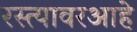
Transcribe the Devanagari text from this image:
रस्त्यावरआहे